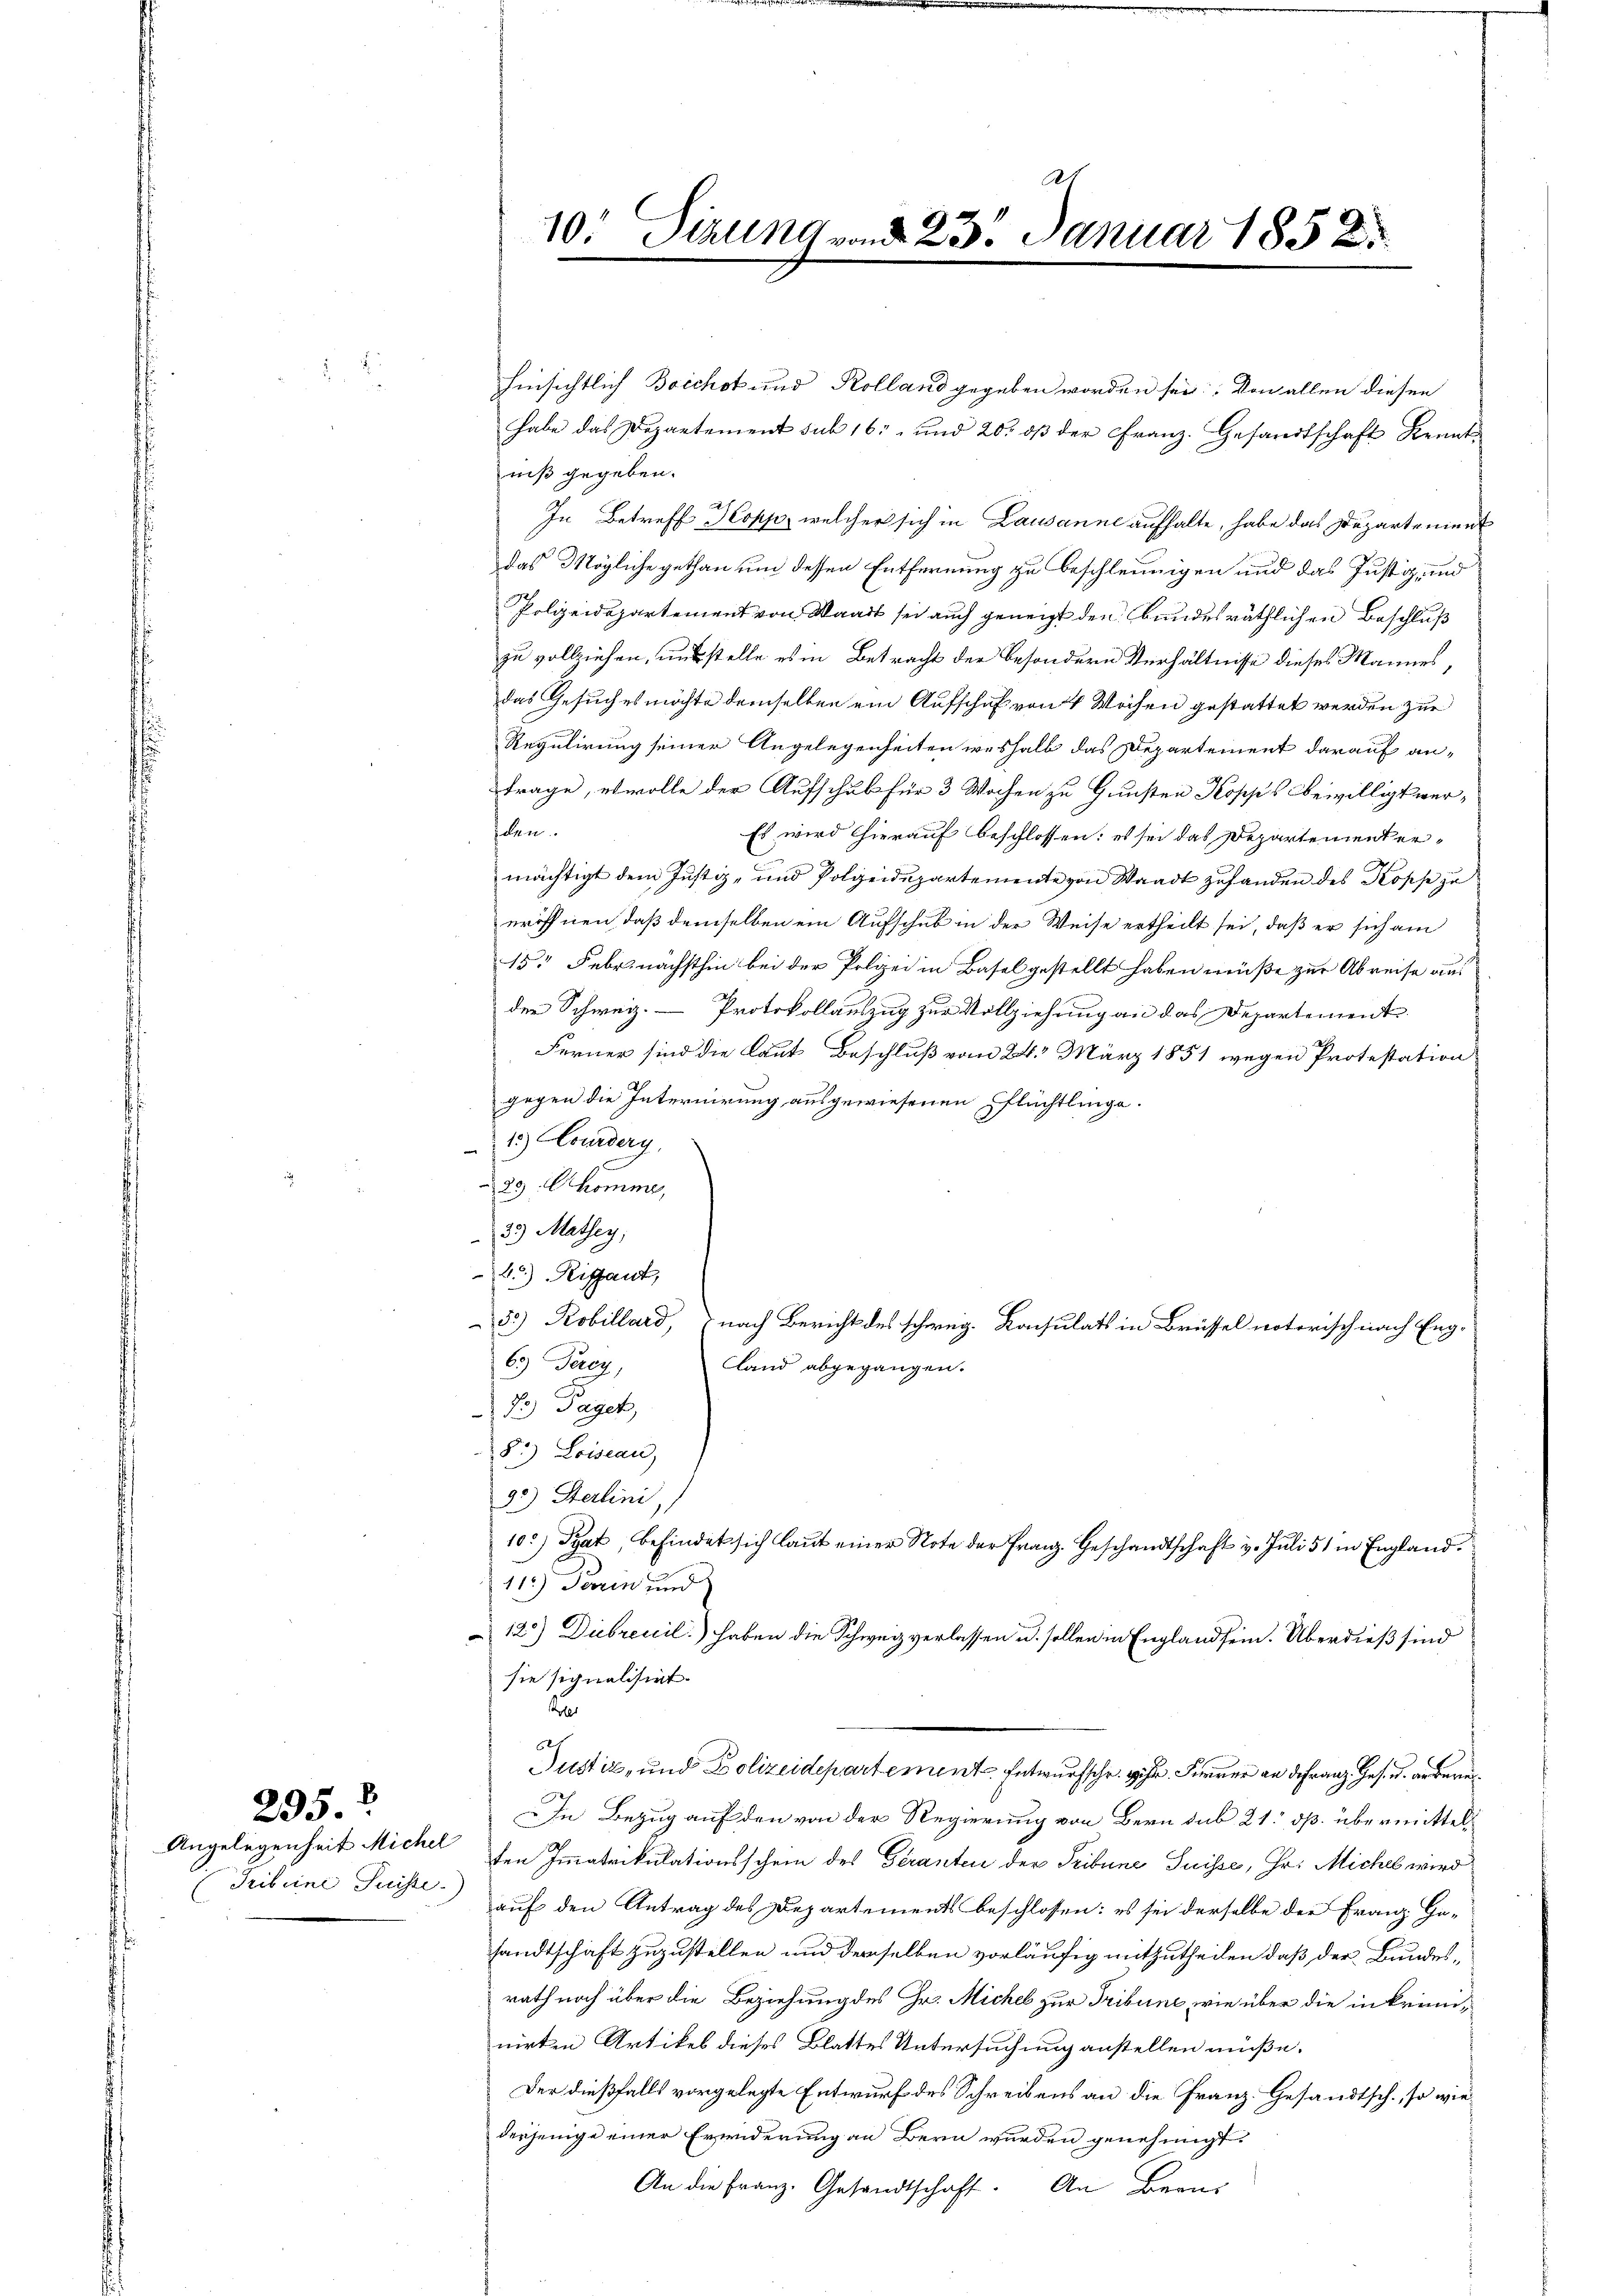
Angelegenheit Michel
Tribuine Juriste

295.

21
10' Sizung vnd 23. Januar 1858.

hinsichtlich Boichot und Kolland gegeben worden sei: Von allen diesen
habe das Departement sub 16 und 20. dß der Franz. Gesandtschaft Kennt
niß gegeben.
In Betreff Kopp, welcher sich in Lausanne aufhalte, habe das Departement
das Mögliche gethan um dessen Entfernung zu beschleunigen und das Justiz, und
Polizeidepartement von Staat sei auch geneigt den bundesräthlichen Beschluß
zu vollziehen, ausstelle es in Betracht der besondern Verhältnisse dieses Mannes,
das Gesuches möchte demselben ein Aufschuf von 4 Wochen gestattet werden zur
Regulirung seiner Angelegenheiten weshalb das Departement darauf antrage, etwolle der Aufschub für 3 Wochen zu Gunsten Kopps bewilligt werhlen.
Es wird hierauf beschlossen: es sei das Departement ermächtigt dem Justiz- und Polzeidepartemente von Waadt zufanden des Kopfe zu
eröffnen, daß demselben ein Aufschub in der Weise ertheilt sei, daß er sich am
15. Febr. nächsthin bei der Polizei in Basel gestellt haben müße zur Abreise aus
der Schweiz. Protokollauszug zur Vollziehung an das Departement
Ferner sind die Laut Beschluß vom 24. März 1851 wegen Protestation
gegen die Internirung ausgewiesenen Pflüchtlinge.
1.) Courderg
23. komme,
33) Mathey,
b) Rissant,
5.) Robillard, 7 nach Bericht des schweig. Konsulats in Brüssel notorisch nach Eng-
63) Ferey,
land abgegangen.
7 Tagen,
82) Loiseau,
90) Sterlini,
10.) Trat befindet sich laut einer Note der Franz. Geschandtschaft v. Juli 51 in England.
11.) Jarin und
12.) Diebreccil) haben die Schweiz verlassen u. sollen in England sein. Überdieß sind
sie signalisiert.
oles
62
Justiz- und Polizeidepartement. Entwurfschr. Hr. Ferner an Franz. Ges. u. arberei¬
In Bezug auf den von der Regierung von Bern sub 21. ds. übermittelten Immatrikulationsschein des Geranten der Tribüne Suisse, Hr. Michel wird
auf den Antrag des Departements beschlossen: es sei derselbe der Franz Gesandtschaft zuzustellen und derselben vorläufig mitzutheilen, daß der Bundesrath noch über die Beziehung des Hr. Michel zur Tribune, wie über die in kriminirten Artikel dieses Blattes Untersuchung anstellen müße.
Der dießfalls vorgelegte Entwurf des Schreibens an die Franz. Gesandtsch., so wiederjenige einer Erwiderung an Bern wurden genehmigt.
An die Franz. Gesandtschaft. An Bran